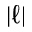
| \ell |